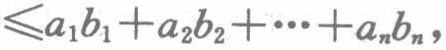
$\leqslant a_{1}b_{1}+a_{2}b_{2}+\cdots +a_{n}b_{n},$